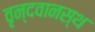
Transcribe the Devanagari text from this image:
वृन्दवानस्थ